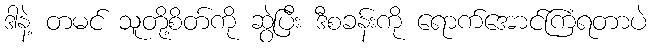
ဒါနဲ့ တမင် သူတို့စိတ်ကို ဆွဲပြီး ဒီစခန်းကို ရောက်အောင်ကြံရတာပဲ